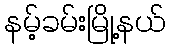
နမ့်ခမ်းမြို့နယ်